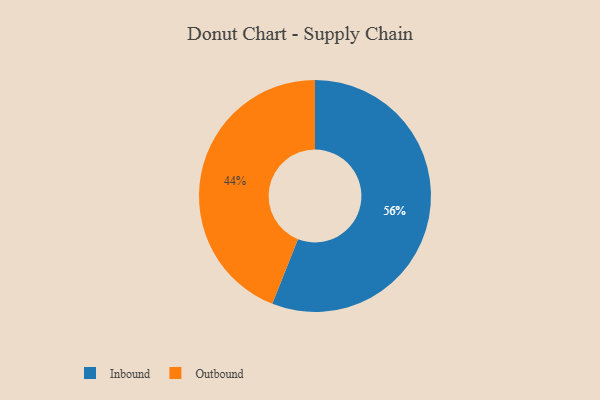
{"axis": {"x": "Category", "y": "Percentage"}, "legend": ["Inbound", "Outbound"], "data": [{"x": "Outbound", "y": 44, "type": "Outbound"}, {"x": "Inbound", "y": 56, "type": "Inbound"}]}